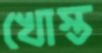
খোস্ত